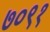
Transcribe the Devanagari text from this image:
७०९१